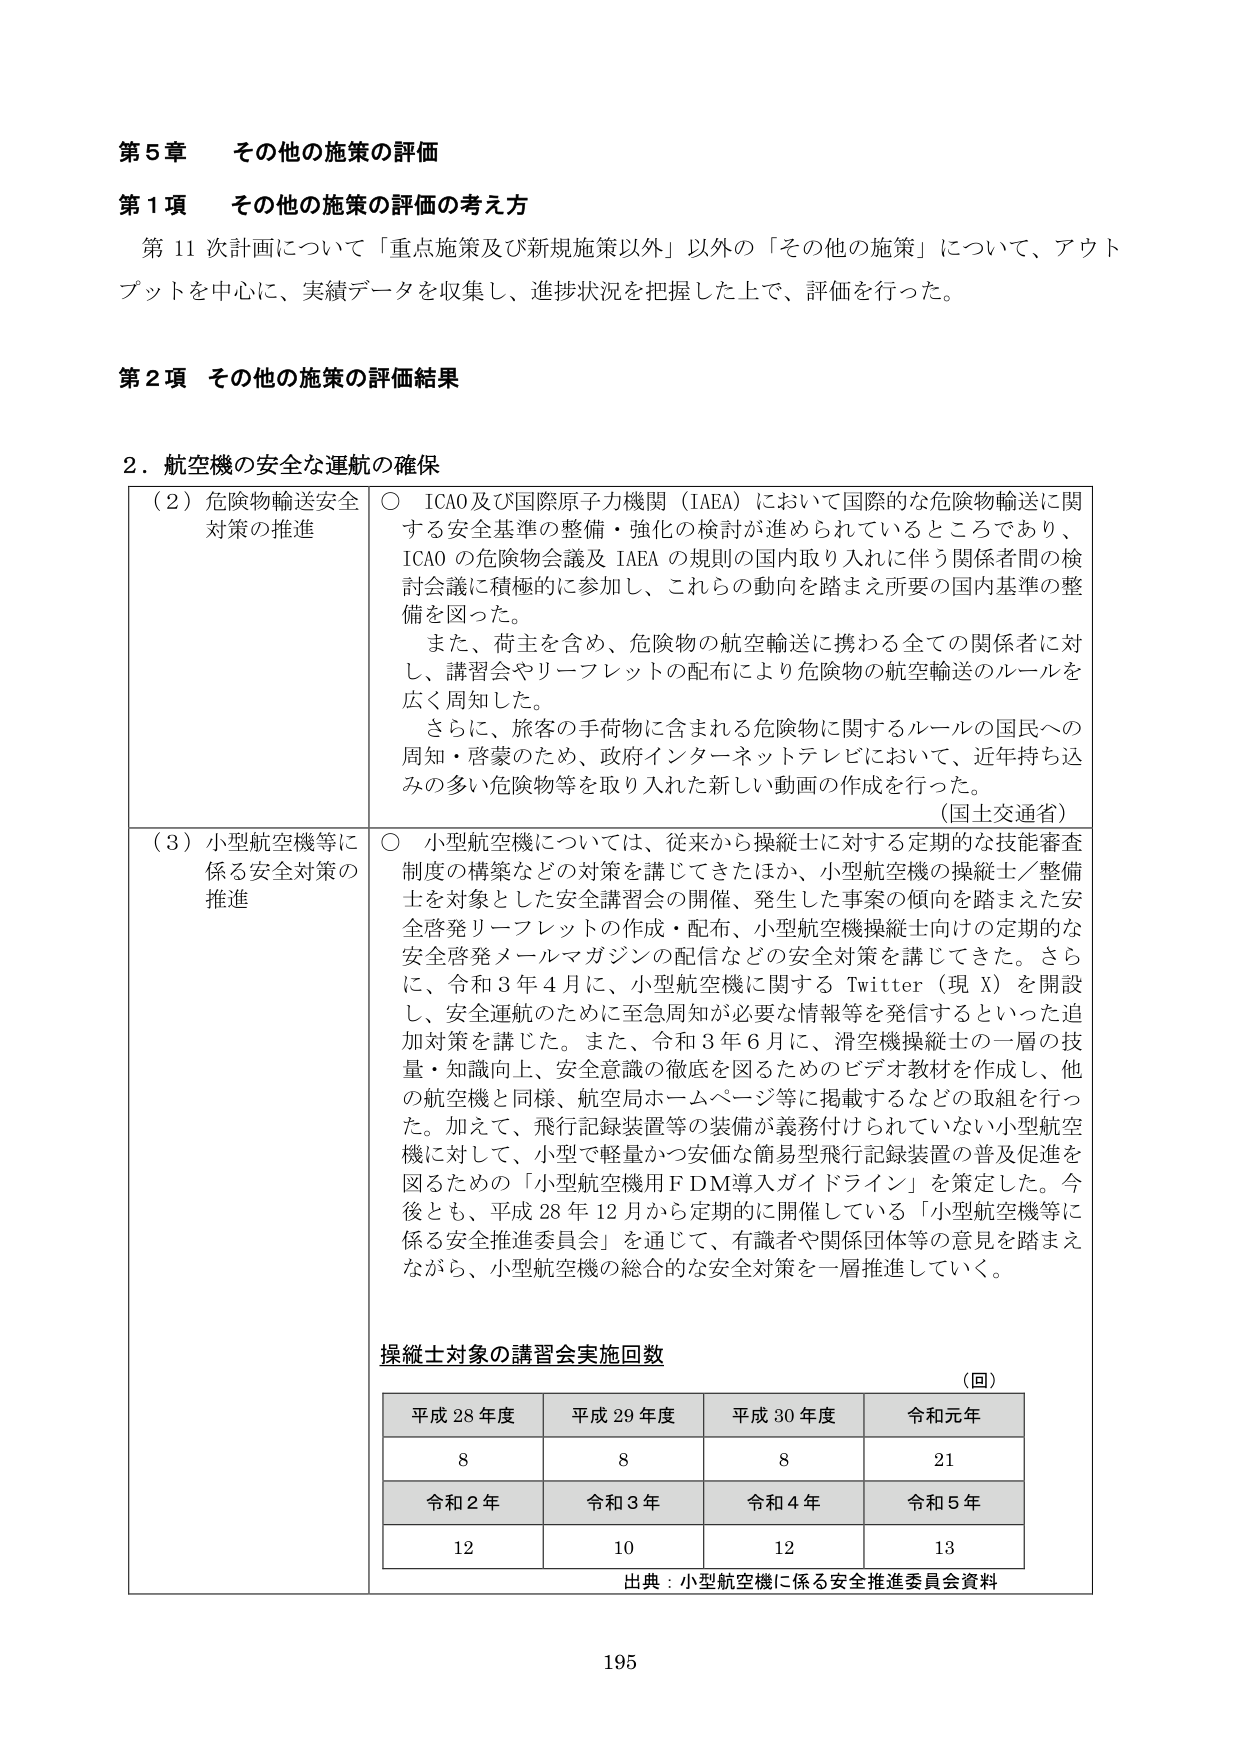
第5章 その他の施策の評価

第1項 その他の施策の評価の考え方
第11次計画について「重点施策及び新規施策以外」以外の「その他の施策」について、アウトプットを中心に、実績データを収集し、進捗状況を把握した上で、評価を行った。

第2項 その他の施策の評価結果

2．航空機の安全な運航の確保

（2）危険物輸送安全対策の推進
○ ICAO及び国際原子力機関（IAEA）において国際的な危険物輸送に関する安全基準の整備・強化の検討が進められているところであり、ICAOの危険物会議及びIAEAの規則の国内取り入れに伴う関係者間の検討会議に積極的に参加し、これらの動向を踏まえ所要の国内基準の整備を図った。
また、荷主を含め、危険物の航空輸送に携わる全ての関係者に対し、講習会やリーフレットの配布により危険物の航空輸送のルールを広く周知した。
さらに、旅客の手荷物に含まれる危険物に関するルールの国民への周知・啓蒙のため、政府インターネットテレビにおいて、近年持ち込みの多い危険物等を取り入れた新しい動画の作成を行った。
（国土交通省）

（3）小型航空機等に係る安全対策の推進
○ 小型航空機については、従来から操縦士に対する定期的な技能審査制度の構築などの対策を講じてきたほか、小型航空機の操縦士／整備士を対象とした安全講習会の開催、発生した事案の傾向を踏まえた安全啓発リーフレットの作成・配布、小型航空機操縦士向けの定期的な安全啓発メールマガジンの配信などの安全対策を講じてきた。さらに、令和3年4月に、小型航空機に関するTwitter（現X）を開設し、安全運航のために至急周知が必要な情報等を発信するといった追加対策を講じた。また、令和3年6月に、滑空機操縦士の一層の技量・知識向上、安全意識の徹底を図るためのビデオ教材を作成し、他の航空機と同様、航空局ホームページ等に掲載するなどの取組を行った。加えて、飛行記録装置等の装備が義務付けられていない小型航空機に対して、小型で軽量かつ安価な簡易型飛行記録装置の普及促進を図るための「小型航空機用FDM導入ガイドライン」を策定した。今後とも、平成28年12月から定期的に開催している「小型航空機等に係る安全推進委員会」を通じて、有識者や関係団体等の意見を踏まえながら、小型航空機の総合的な安全対策を一層推進していく。

操縦士対象の講習会実施回数
（回）
平成28年度 平成29年度 平成30年度 令和元年
8 8 8 21
令和2年 令和3年 令和4年 令和5年
12 10 12 13
出典：小型航空機に係る安全推進委員会資料

195